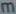
mm